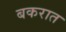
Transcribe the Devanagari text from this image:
बकरात